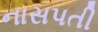
નાસપતી